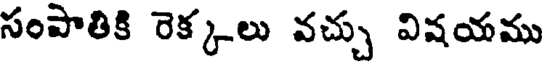
సంపాతికి రెక్కలు వచ్చు విషయము